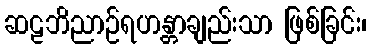
ဆဠဘိညာဉ်ရဟန္တာချည်းသာ ဖြစ်ခြင်း၊